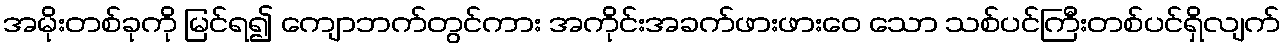
အမိုးတစ်ခုကို မြင်ရ၍ ကျောဘက်တွင်ကား အကိုင်းအခက်ဖားဖားဝေ သော သစ်ပင်ကြီးတစ်ပင်ရှိလျက်